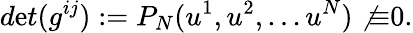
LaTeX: d\mathrm{e}t(g^{ij}):=P_{N}(u^{1},u^{2},...u^{N})\not{\equiv}0.